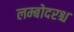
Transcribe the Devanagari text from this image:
लम्बोदरश्च